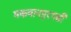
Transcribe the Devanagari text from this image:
मकवानपुरगढी